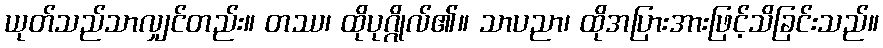
ယုတ်သည်သာလျှင်တည်း။ တဿ၊ ထိုပုဂ္ဂိုလ်၏။ သာပညာ၊ ထိုအပြားအားဖြင့်သိခြင်းသည်။